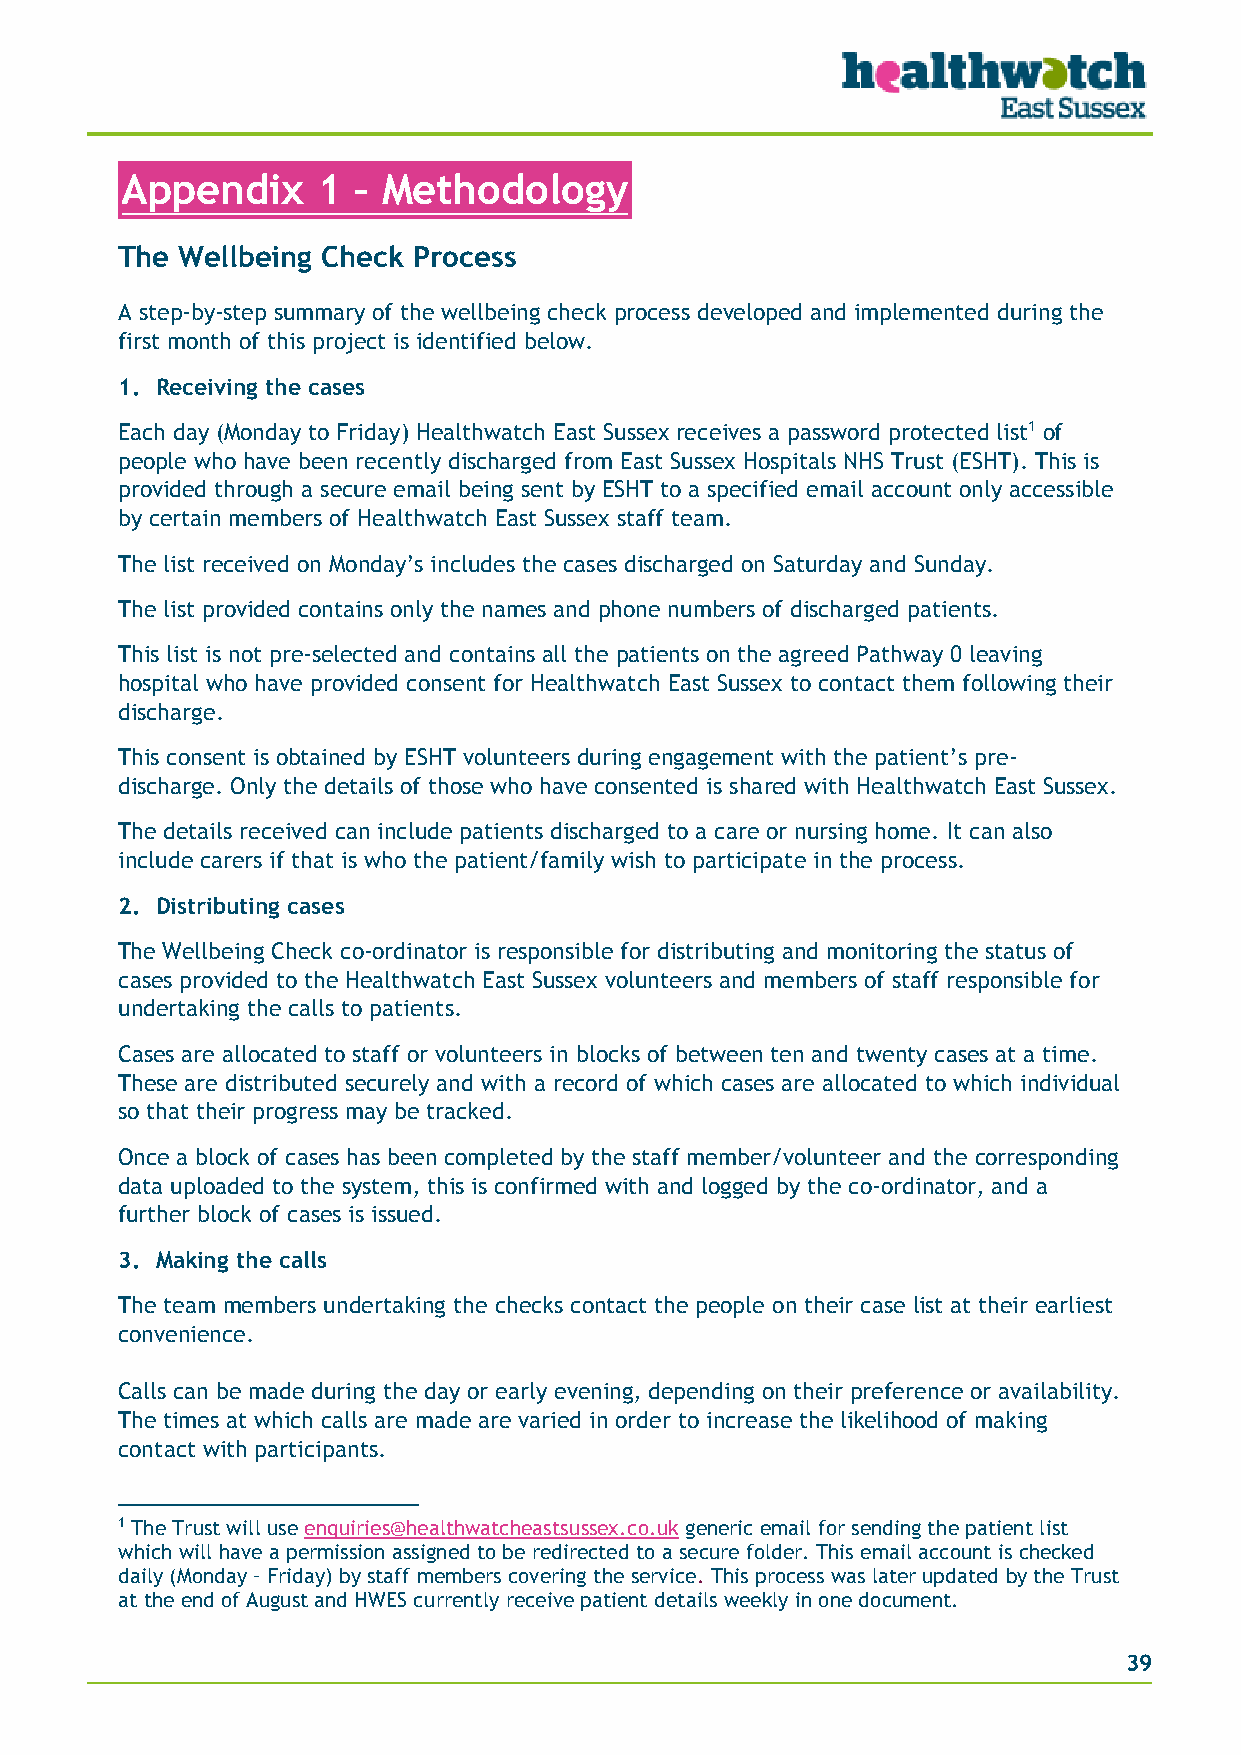
Appendix     1 – Methodology
 The Wellbeing Check Process
 A step-by-step summary of the wellbeing check process developed and implemented during the
 first month of this project is identified below.
 1. Receiving the cases
 Each day (Monday to Friday) Healthwatch East Sussex receives a password protected list1 of
 people who have been recently discharged from East Sussex Hospitals NHS Trust (ESHT). This is
 provided through a secure email being sent by ESHT to a specified email account only accessible
 by certain members of Healthwatch East Sussex staff team.
 The list received on Monday’s includes the cases discharged on Saturday and Sunday.
 The list provided contains only the names and phone numbers of discharged patients.
 This list is not pre-selected and contains all the patients on the agreed Pathway 0 leaving
 hospital who have provided consent for Healthwatch East Sussex to contact them following their
 discharge.
 This consent is obtained by ESHT volunteers during engagement with the patient’s pre-
 discharge. Only the details of those who have consented is shared with Healthwatch East Sussex.
 The details received can include patients discharged to a care or nursing home. It can also
 include carers if that is who the patient/family wish to participate in the process.
 2. Distributing cases
 The Wellbeing Check co-ordinator is responsible for distributing and monitoring the status of
 cases provided to the Healthwatch East Sussex volunteers and members of staff responsible for
 undertaking the calls to patients.
 Cases are allocated to staff or volunteers in blocks of between ten and twenty cases at a time.
 These are distributed securely and with a record of which cases are allocated to which individual
 so that their progress may be tracked.
 Once a block of cases has been completed by the staff member/volunteer and the corresponding
 data uploaded to the system, this is confirmed with and logged by the co-ordinator, and a
 further block of cases is issued.
 3. Making the calls
 The team members undertaking the checks contact the people on their case list at their earliest
 convenience.
 Calls can be made during the day or early evening, depending on their preference or availability.
 The times at which calls are made are varied in order to increase the likelihood of making
 contact with participants.
 1 The Trust will use enquiries@healthwatcheastsussex.co.uk generic email for sending the patient list
 which will have a permission assigned to be redirected to a secure folder. This email account is checked
 daily (Monday – Friday) by staff members covering the service. This process was later updated by the Trust
 at the end of August and HWES currently receive patient details weekly in one document.
 39